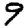
Digit: 9